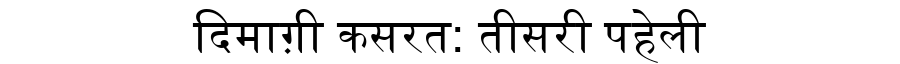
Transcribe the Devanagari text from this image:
दिमाग़ी कसरत: तीसरी पहेली